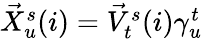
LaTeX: \begin{array}{r}{\vec{X}_{u}^{s}(i)=\vec{V}_{t}^{s}(i)\gamma_{u}^{t}}\end{array}